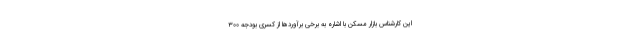
این کارشناس بازار مسکن با اشاره به برخی برآوردها از کسری بودجه ۳۰۰